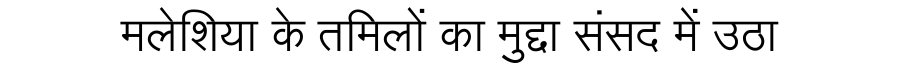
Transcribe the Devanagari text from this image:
मलेशिया के तमिलों का मुद्दा संसद में उठा